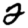
Digit: 2